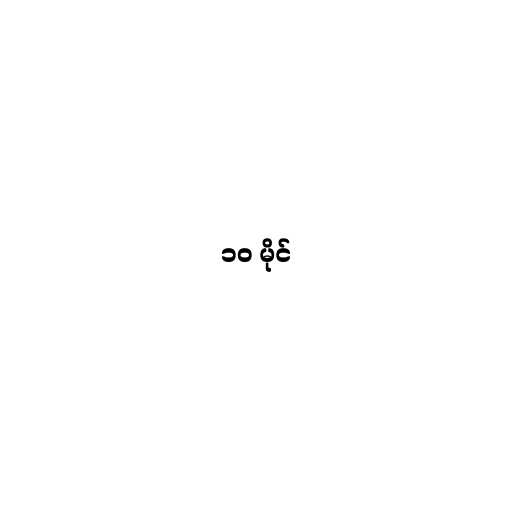
၁၀ မိုင်